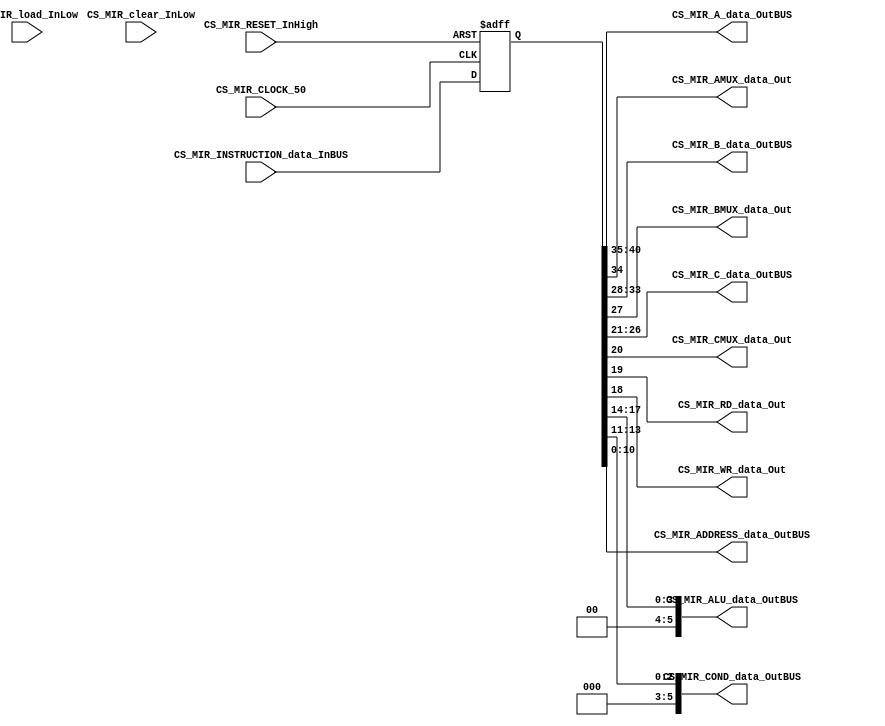
//=======================================================
//  MODULE Definition
//=======================================================
module CS_MIR(
	//////////// OUTPUTS //////////
	CS_MIR_A_data_OutBUS,
	CS_MIR_AMUX_data_Out,
	CS_MIR_B_data_OutBUS,
	CS_MIR_BMUX_data_Out,
	CS_MIR_C_data_OutBUS,
	CS_MIR_CMUX_data_Out,
	CS_MIR_RD_data_Out,
	CS_MIR_WR_data_Out,
	CS_MIR_ALU_data_OutBUS,
	CS_MIR_COND_data_OutBUS,
	CS_MIR_ADDRESS_data_OutBUS,
	//////////// INPUTS //////////
	CS_MIR_CLOCK_50,
	CS_MIR_RESET_InHigh,
	CS_MIR_clear_InLow, 
	CS_MIR_load_InLow, 
	CS_MIR_INSTRUCTION_data_InBUS
);
//=======================================================
//  PARAMETER declarations
//=======================================================
parameter MIR_LENGTH_Reg = 6;
parameter MIR_LENGTH_ALU = 4;
parameter MIR_LENGTH_COND = 3;
parameter MIR_LENGTH_ADDR = 11;
parameter MIR_LENGTH_INSTR = 41;
//=======================================================
//  PORT declarations
//=======================================================
output		[MIR_LENGTH_Reg-1:0]	CS_MIR_A_data_OutBUS;
output		CS_MIR_AMUX_data_Out;
output		[MIR_LENGTH_Reg-1:0]	CS_MIR_B_data_OutBUS;
output		CS_MIR_BMUX_data_Out;
output		[MIR_LENGTH_Reg-1:0]	CS_MIR_C_data_OutBUS;
output		CS_MIR_CMUX_data_Out;
output		CS_MIR_RD_data_Out;
output		CS_MIR_WR_data_Out;
output		[MIR_LENGTH_Reg-1:0]	CS_MIR_ALU_data_OutBUS;
output		[MIR_LENGTH_Reg-1:0]	CS_MIR_COND_data_OutBUS;
output		[MIR_LENGTH_ADDR-1:0]	CS_MIR_ADDRESS_data_OutBUS;
input		CS_MIR_CLOCK_50;
input		CS_MIR_RESET_InHigh;
input		[MIR_LENGTH_INSTR-1:0]	CS_MIR_INSTRUCTION_data_InBUS;
input 	CS_MIR_clear_InLow;
input		CS_MIR_load_InLow;

//=======================================================
//  REG/WIRE declarations
//=======================================================
reg [MIR_LENGTH_INSTR-1:0] CS_MIR_Register;
reg [MIR_LENGTH_INSTR-1:0] CS_MIR_Signal;
//=======================================================
//  Structural coding
//=======================================================
//INPUT LOGIC: COMBINATIONAL
always @(*)
begin
	CS_MIR_Signal = CS_MIR_INSTRUCTION_data_InBUS;
end	
//STATE REGISTER: SEQUENTIAL
always @(posedge CS_MIR_CLOCK_50, posedge CS_MIR_RESET_InHigh)
begin
	if (CS_MIR_RESET_InHigh == 1'b1)
		CS_MIR_Register <= 0;
	else
		CS_MIR_Register <= CS_MIR_Signal;
end
//=======================================================
//  Outputs
//=======================================================
//OUTPUT LOGIC: COMBINATIONAL
assign CS_MIR_A_data_OutBUS = CS_MIR_Register[40:35];
assign CS_MIR_AMUX_data_Out = CS_MIR_Register[34];
assign CS_MIR_B_data_OutBUS = CS_MIR_Register[33:28];
assign CS_MIR_BMUX_data_Out = CS_MIR_Register[27];
assign CS_MIR_C_data_OutBUS = CS_MIR_Register[26:21];
assign CS_MIR_CMUX_data_Out = CS_MIR_Register[20];
assign CS_MIR_RD_data_Out = CS_MIR_Register[19];
assign CS_MIR_WR_data_Out = CS_MIR_Register[18];
assign CS_MIR_ALU_data_OutBUS = CS_MIR_Register[17:14];
assign CS_MIR_COND_data_OutBUS = CS_MIR_Register[13:11];
assign CS_MIR_ADDRESS_data_OutBUS = CS_MIR_Register[10:0];
endmodule